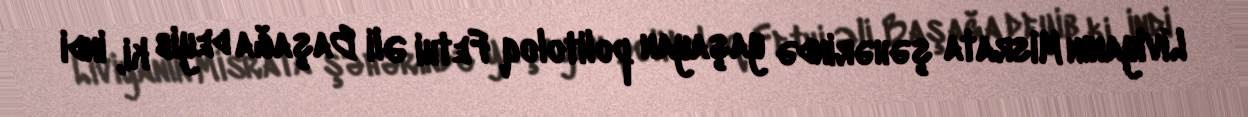
Liviyanın Misrata şəhərində yaşayan politoloq Fethi Əli Başağa deyib ki, indi